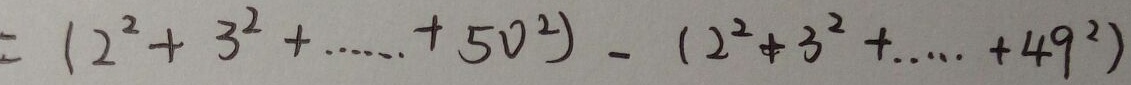
= ( 2 ^ { 2 } + 3 ^ { 2 } + \cdots + 5 0 ^ { 2 } ) - ( 2 ^ { 2 } + 3 ^ { 2 } + \cdots + 4 9 ^ { 2 } )